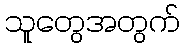
သူတွေအတွက်